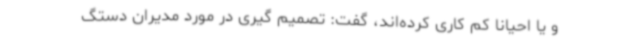
و یا احیانا کم کاری کرده‌اند، گفت: تصمیم گیری در مورد مدیران دستگ